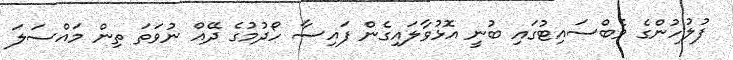
ފުލުހުންގެ ވެބްސައިޓުގައި ބުނީ އޮޅުވާލައިގެން ފައިސާ ހޯދުމުގެ ދޭއް ނުވަތަ ތިން މައްސަލަ